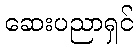
ဆေးပညာရှင်